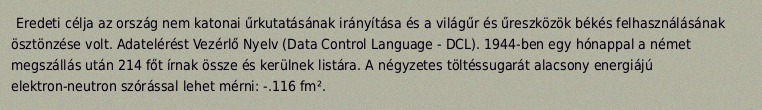
Eredeti célja az ország nem katonai űrkutatásának irányítása és a világűr és űreszközök békés felhasználásának ösztönzése volt. Adatelérést Vezérlő Nyelv (Data Control Language - DCL). 1944-ben egy hónappal a német megszállás után 214 főt írnak össze és kerülnek listára. A négyzetes töltéssugarát alacsony energiájú elektron-neutron szórással lehet mérni: -.116 fm².